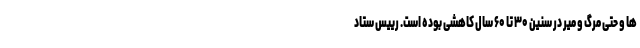
ها و حتی مرگ و میر در سنین ۳۰ تا ۶۰ سال کاهشی بوده است. رییس ستاد